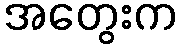
အတွေးက